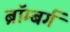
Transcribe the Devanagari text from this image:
ब्रॉम्बर्ग